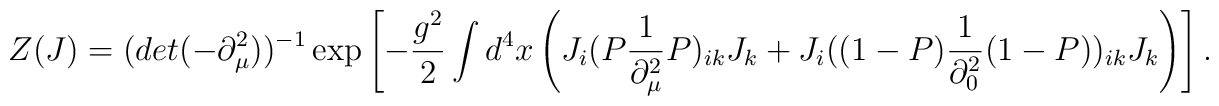
Z(J) = (det (-\partial^2_{\mu}))^{-1} \exp \left[ -\frac{g^2}{2}\int d^4x \left( J_i (P \frac{1}{\partial^2_{\mu}} P)_{ik} J_k +J_i ((1 - P) \frac{1}{\partial^2_0} (1 - P))_{ik} J_k \right) \right].